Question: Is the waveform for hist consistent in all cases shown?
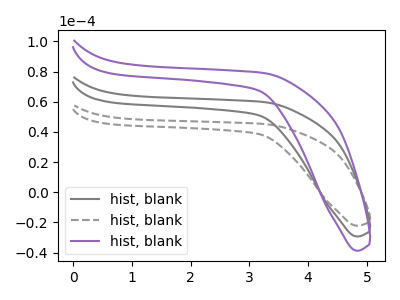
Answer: <think>The gray curve "hist, blank1" has no peaks. The gray dashed curve "hist, blank2" has no peaks. The purple curve "hist, blank3" has no peaks.
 Neither "hist, blank1" or "hist, blank2" have any peaks. Neither "hist, blank1" or "hist, blank3" have any peaks. Neither "hist, blank2" or "hist, blank3" have any peaks.</think>
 <answer>All the CV's of "hist" have similar shape.</answer>
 <eval>follow_rule</eval>